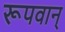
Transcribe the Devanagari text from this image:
रूपवान्